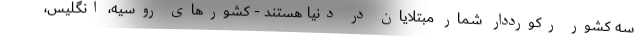
سه کشور رکورددار شمار مبتلایان در دنیا هستند - کشورهای روسیه، انگلیس،